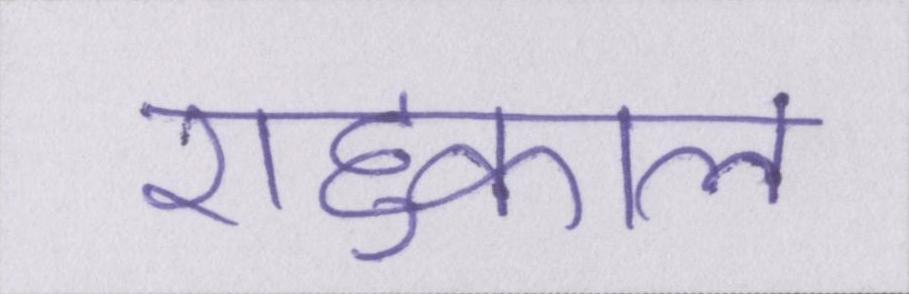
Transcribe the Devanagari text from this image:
राहुकाल